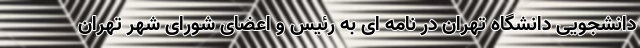
دانشجویی دانشگاه تهران در نامه ای به رئیس و اعضای شورای شهر تهران